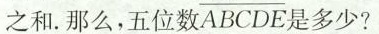
之和。那么，五位数 $$\overline{ABCDE}$$ 是多少?